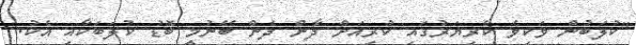
"ކުލަބުން ވަކިވެ ކެރިޔަރުގައި ކުރިއަށް ދާން ދެން ބޭނުމީ ބޮޑު ކުލަބަކާއި އެކު.